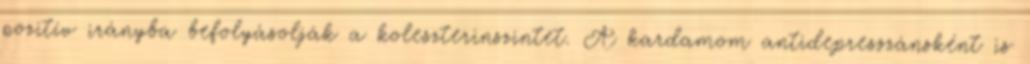
pozitív irányba befolyásolják a koleszterinszintet. A kardamom antidepresszánsként is